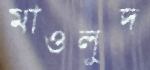
মাওলুদ